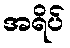
အရိပ်